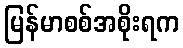
မြန်မာစစ်အစိုးရက